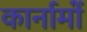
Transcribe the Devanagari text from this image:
कार्नामों